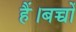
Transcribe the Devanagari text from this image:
हैं।बच्चों